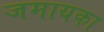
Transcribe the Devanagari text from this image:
जमायका